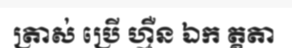
ត្រាស់ ប្រើ ហ្មឺន ឯក ត្គតា